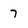
Character: 7